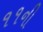
૧૧ની